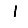
Digit: 1